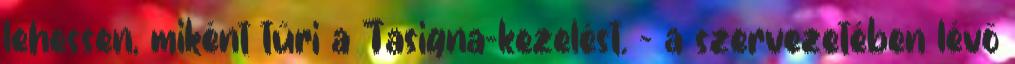
lehessen, miként tűri a Tasigna-kezelést. - a szervezetében lévő